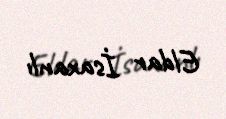
Eldar İsaxanlı